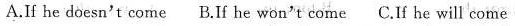
A.If he doesn't come B.If he won't come C.If he will come